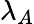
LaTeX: \lambda_{A}